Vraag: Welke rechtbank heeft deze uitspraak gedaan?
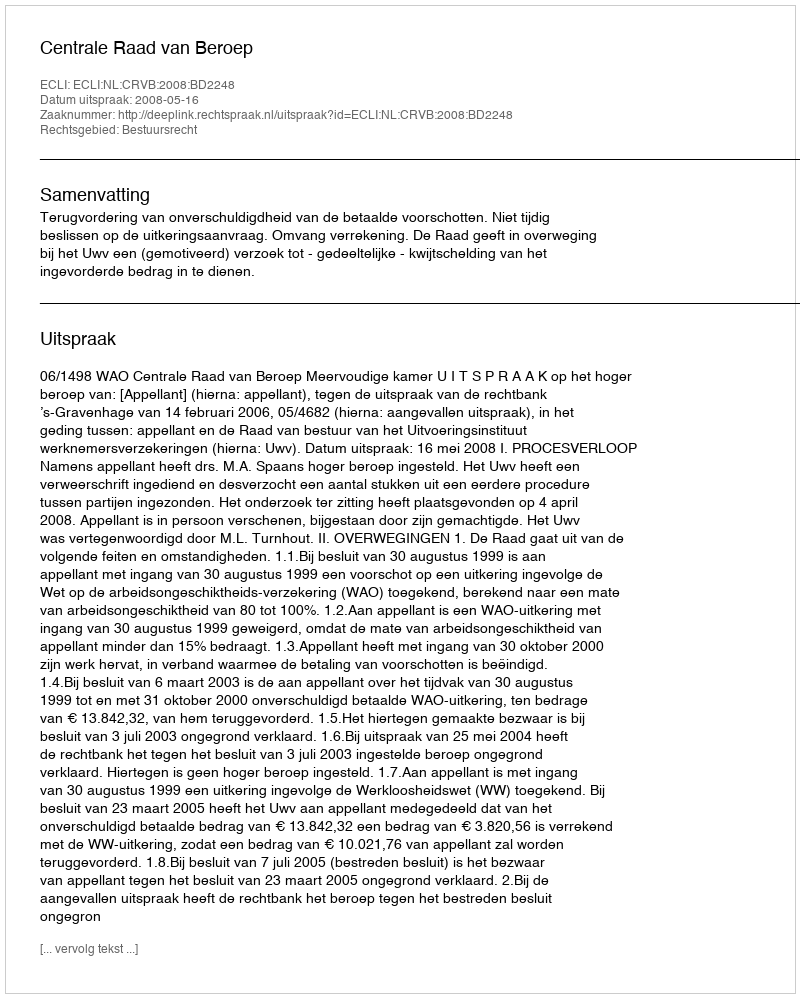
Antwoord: Centrale Raad van Beroep